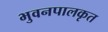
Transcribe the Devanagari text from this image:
भुवनपालकृत